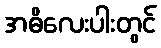
အဓိလေးပါးတွင်